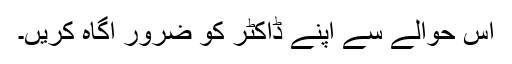
اس حوالے سے اپنے ڈاکٹر کو ضرور آگاہ کریں۔